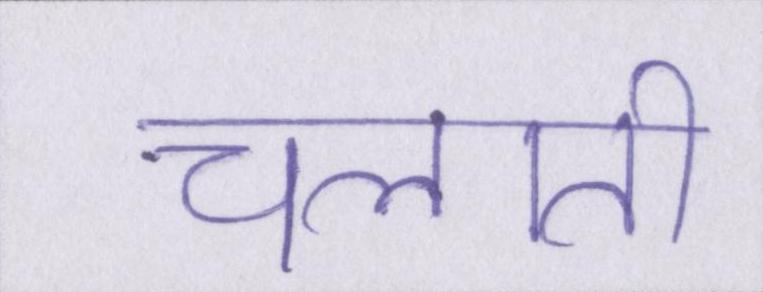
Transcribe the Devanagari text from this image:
चलाती